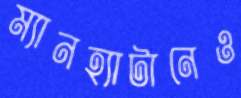
ম্যানহ্যাটানেও